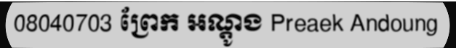
08040703 ព្រែក អណ្តូង Preaek Andoung